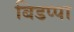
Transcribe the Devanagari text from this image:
बिडप्पा